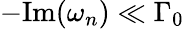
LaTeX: -\textrm{Im}(\omega_{n})\ll\Gamma_{0}